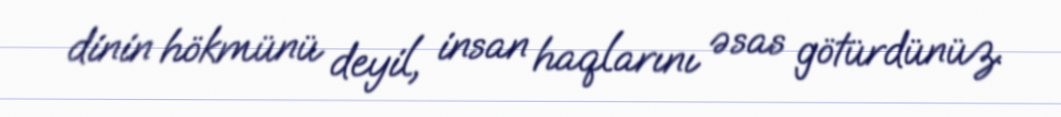
dinin hökmünü deyil, insan haqlarını əsas götürdünüz.